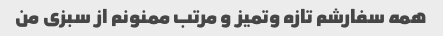
همه سفارشم تازه و‌تمیز و مرتب ممنونم از سبزی من